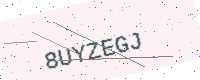
Text: 8UYZEGJ